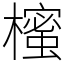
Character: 櫁